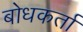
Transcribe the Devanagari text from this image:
बोधकर्ता